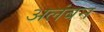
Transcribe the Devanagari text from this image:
अलंबन